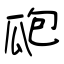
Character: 瓟